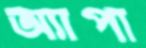
অ্যাপা